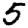
Digit: 5